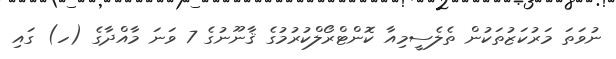
ނުވަތަ މަރުކަޒުތަކުން ތެލެސީމިއާ ކޮންޓްރޯލްކުރުމުގެ ޤާނޫނުގެ 7 ވަނަ މާއްދާގެ (ހ) ގައި